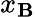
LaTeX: x_{\mathbf{B}}